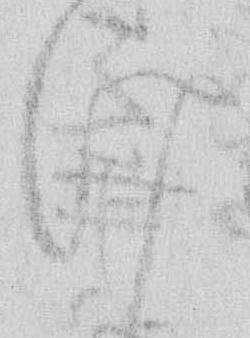
け